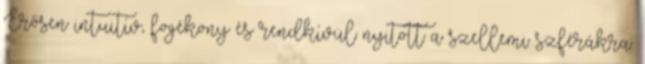
Erősen intuitív, fogékony és rendkívül nyitott a szellemi szférákra.